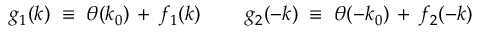
g _ { 1 } ( k ) \; \equiv \; \theta ( k _ { 0 } ) \, + \, f _ { 1 } ( k ) \; \; \; \; \; \; \; \; g _ { 2 } ( - k ) \; \equiv \; \theta ( - k _ { 0 } ) \, + \, f _ { 2 } ( - k )